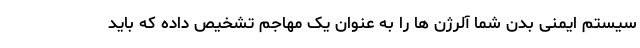
سیستم ایمنی بدن شما آلرژن ها را به عنوان یک مهاجم تشخیص داده که باید